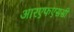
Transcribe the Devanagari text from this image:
आरएफएससी